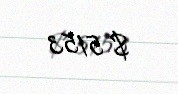
$ 5153